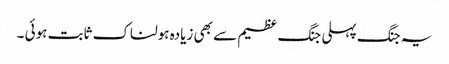
یہ جنگ پہلی جنگ عظیم سے بھی زیادہ ہولناک ثابت ہوئی ۔